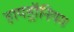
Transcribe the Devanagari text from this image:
हायड्रॉनियम